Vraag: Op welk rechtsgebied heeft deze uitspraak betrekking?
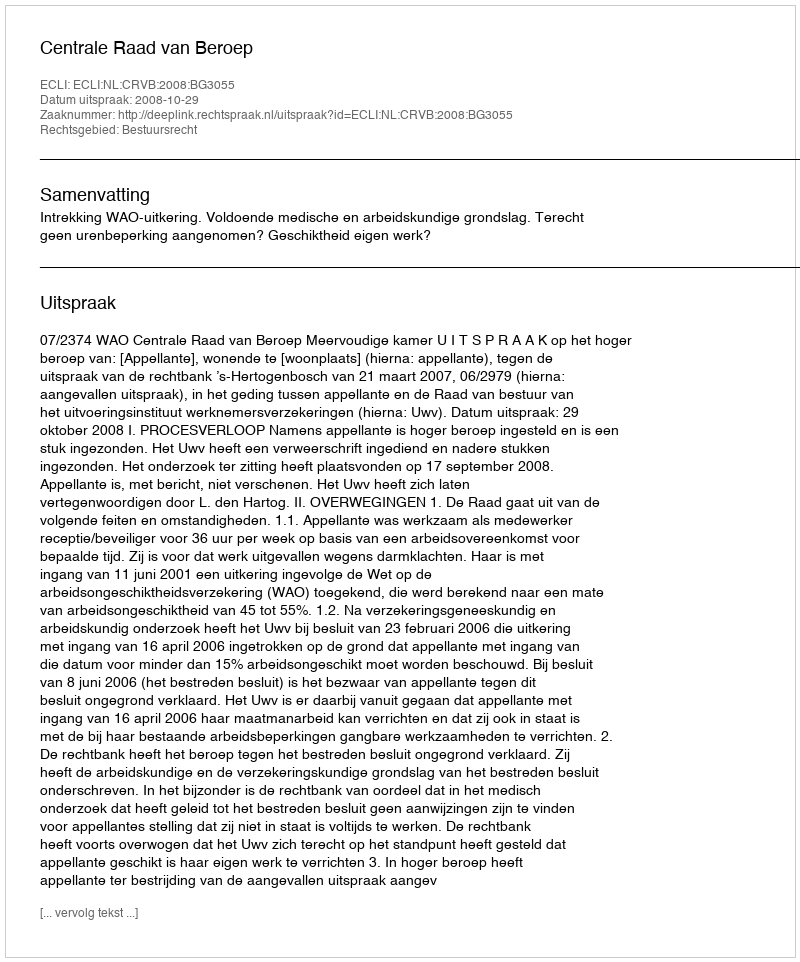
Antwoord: Bestuursrecht